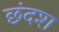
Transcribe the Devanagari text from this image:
छंदश